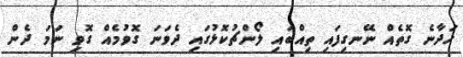
ހަދާނެ ގޮތެއް ނޭނގިފައި ތިއްބައި ލޯންޗުކޮޅުގައި ދެވަނަ ގޮވުމެއް ގޮވި ނަމަ ދެން